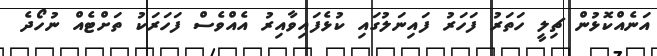
އަނެއްކޮޅުން ޗިލީ ހަތަރު ފަހަރު ފައިނަލުގައި ކުޅެފައިވާއިރު އެއްވެސް ފަހަރަކު ތަށްޓެއް ނުހޯދެ